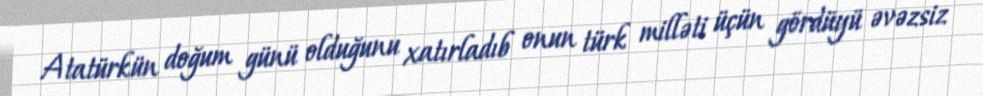
Atatürkün doğum günü olduğunu xatırladıb onun türk milləti üçün gördüyü əvəzsiz